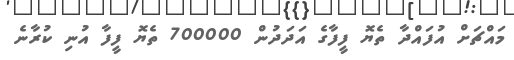
މައްޗަށް އުފައްދާ ތެޔޮ ފީފާގެ އަދަދުން 700000 ތެޔޮ ފީފާ އުނި ކުރާނެ